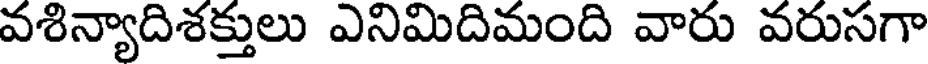
వశిన్యాదిశక్తులు ఎనిమిదిమంది వారు వరుసగా